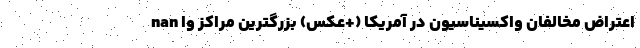
nan اعتراض مخالفان واکسیناسیون در آمریکا (+عکس) بزرگترین مراکز وا